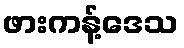
ဖားကန့်ဒေသ